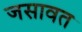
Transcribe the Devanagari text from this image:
जसावत